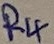
Text: R4